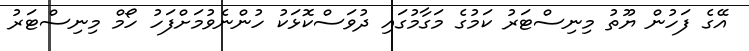
އޭގެ ފަހުން ޔޫތު މިނިސްޓަރު ކަމުގެ މަގާމުގައި ދުވަސްކޮޅަކު ހުންނެވުމަށްފަހު ހޯމް މިނިސްޓަރު